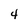
Character: 4